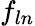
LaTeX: f_{ln}